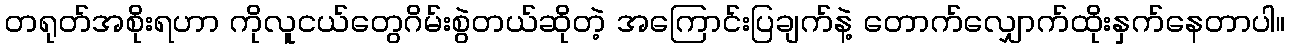
တရုတ်အစိုးရဟာ ကိုလူငယ်တွေဂိမ်းစွဲတယ်ဆိုတဲ့ အကြောင်းပြချက်နဲ့ တောက်လျှောက်ထိုးနှက်နေတာပါ။